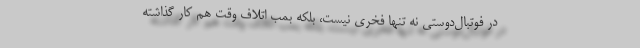
در فوتبال‌دوستی نه تنها فخری نیست، بلکه بمب اتلاف وقت هم کار گذاشته